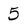
Character: 5